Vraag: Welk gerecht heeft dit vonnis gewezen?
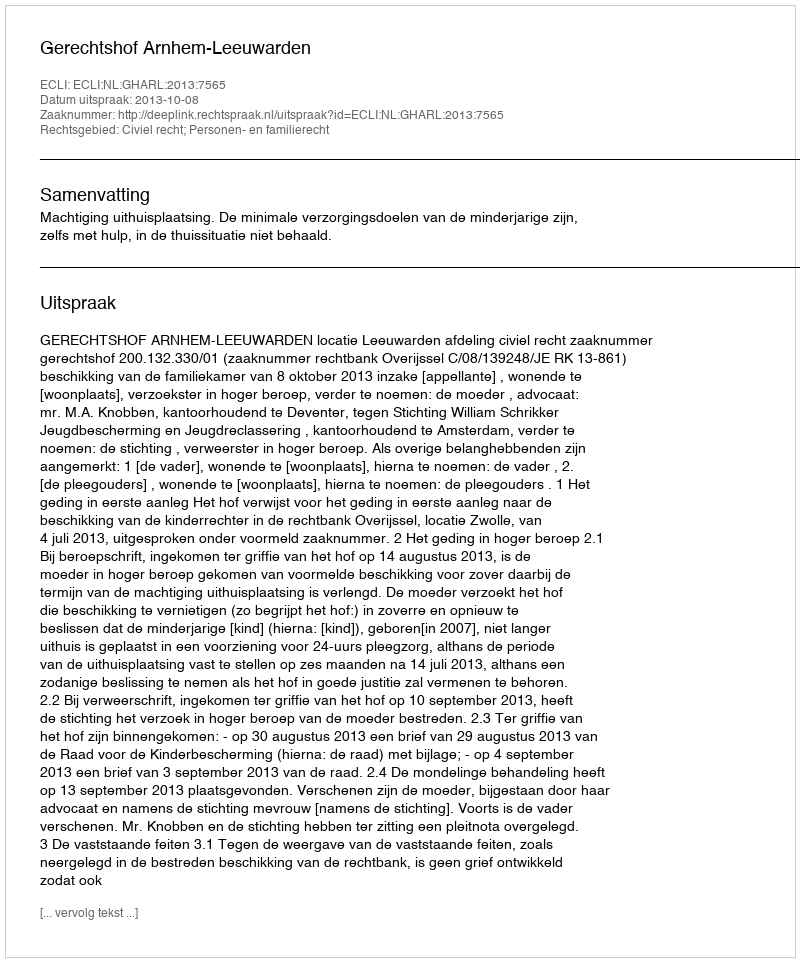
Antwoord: Gerechtshof Arnhem-Leeuwarden